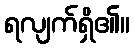
ရလျက်ရှိ၏။